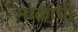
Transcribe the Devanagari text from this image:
माळांची